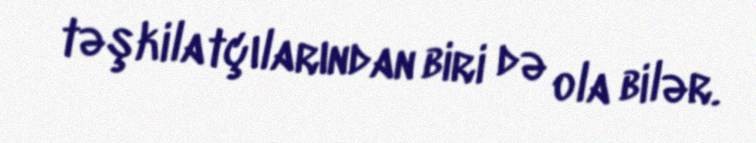
təşkilatçılarından biri də ola bilər.